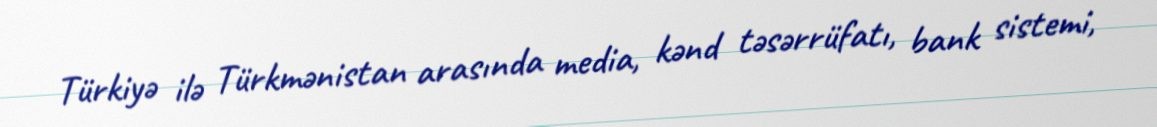
Türkiyə ilə Türkmənistan arasında media, kənd təsərrüfatı, bank sistemi,